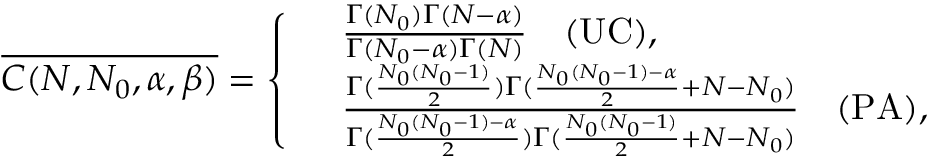
\overline { { C ( N , N _ { 0 } , \alpha , \beta ) } } = \left\{ \begin{array} { r l } & { \frac { \Gamma ( N _ { 0 } ) \Gamma ( N - \alpha ) } { \Gamma ( N _ { 0 } - \alpha ) \Gamma ( N ) } \quad \mathrm { ( U C ) } , } \\ & { \frac { \Gamma ( \frac { N _ { 0 } ( N _ { 0 } - 1 ) } { 2 } ) \Gamma ( \frac { N _ { 0 } ( N _ { 0 } - 1 ) - \alpha } { 2 } + N - N _ { 0 } ) } { \Gamma ( \frac { N _ { 0 } ( N _ { 0 } - 1 ) - \alpha } { 2 } ) \Gamma ( \frac { N _ { 0 } ( N _ { 0 } - 1 ) } { 2 } + N - N _ { 0 } ) } \quad \mathrm { ( P A ) } , } \end{array} \right.